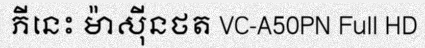
ភីនេះ ម៉ាស៊ីនថត VC-A50PN Full HD